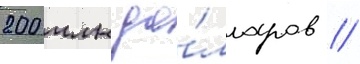
200 млн до́лларов //